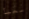
معبأ